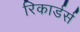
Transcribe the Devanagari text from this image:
रिकार्डर्स